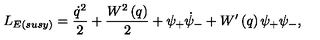
L _ { E ( { s u s y } ) } = \frac { \dot { q } ^ { 2 } } { 2 } + \frac { W ^ { 2 } \left( q \right) } { 2 } + \psi _ { + } \dot { \psi } _ { - } + W ^ { \prime } \left( q \right) \psi _ { + } \psi _ { - } ,